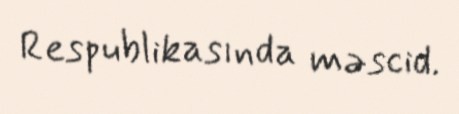
Respublikasında məscid.